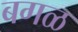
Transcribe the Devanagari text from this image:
बगळ